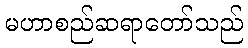
မဟာစည်ဆရာတော်သည်